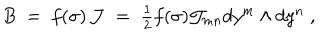
LaTeX: B \; = \; f ( \sigma ) \, \mathcal { J } \; = \; \textstyle { \frac { 1 } { 2 } } f ( \sigma ) \mathcal { J } _ { m n } d y ^ { m } \wedge d y ^ { n } \; ,